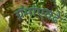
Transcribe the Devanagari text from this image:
ग्रॅमांएवढे